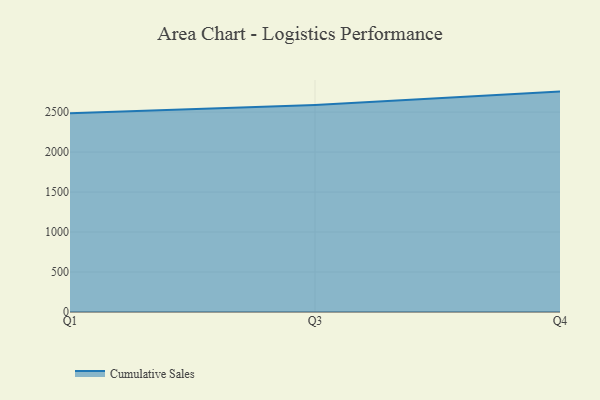
{"axis": {"x": "Quarter", "y": "Bounce Rate (%)"}, "legend": ["Cumulative Sales"], "data": [{"x": "Q1", "y": 2484.3, "type": "Cumulative Sales"}, {"x": "Q3", "y": 2589.1, "type": "Cumulative Sales"}, {"x": "Q4", "y": 2756.2, "type": "Cumulative Sales"}]}